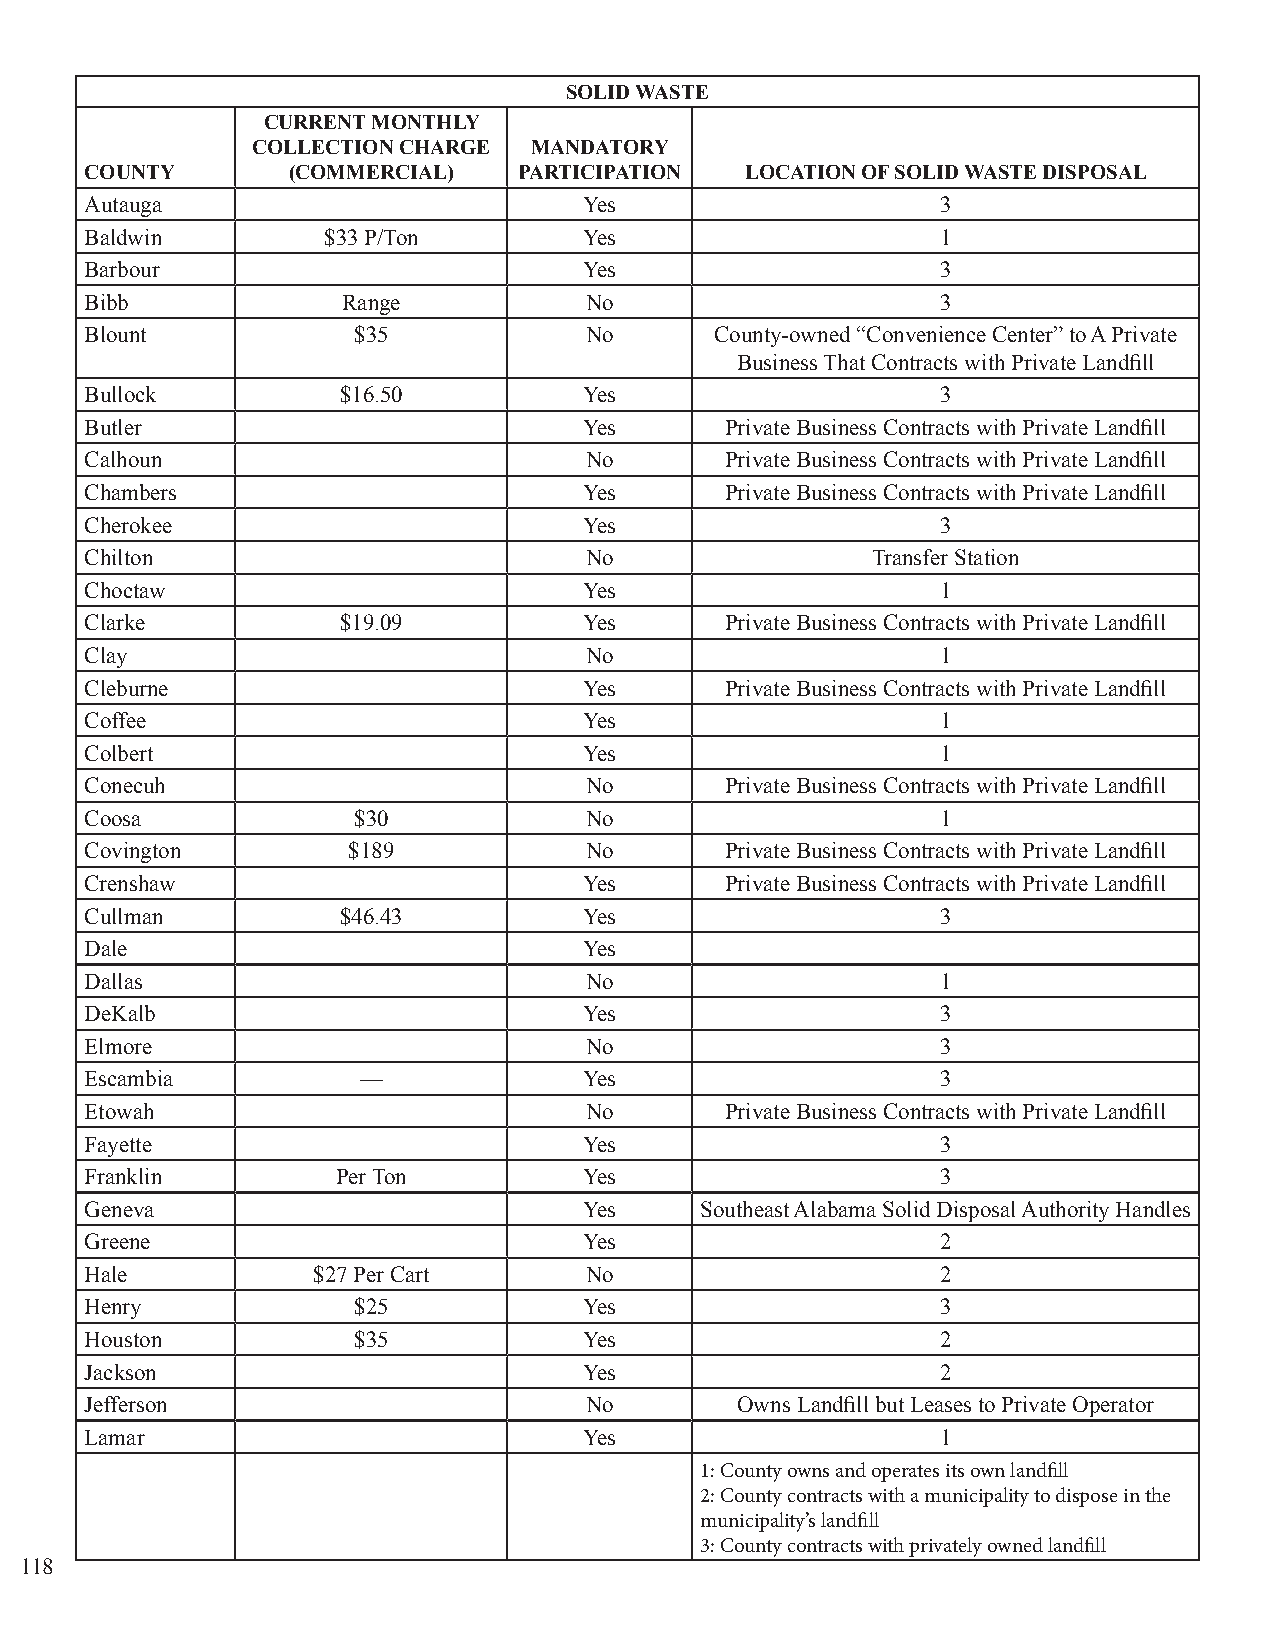
SOLID WASTE
 CURRENT MONTHLY
 COLLECTION CHARGE MANDATORY
 COUNTY       (COMMERCIAL)   PARTICIPATION  LOCATION OF SOLID WASTE DISPOSAL
 Autauga                          Yes                    3
 Baldwin        $33 P/Ton         Yes                    1
 Barbour                          Yes                    3
 Bibb             Range           No                     3
 Blount           $35             No      County-owned “Convenience Center” to A Private
 Business That Contracts with Private Landfill
 Bullock         $16.50           Yes                    3
 Butler                           Yes      Private Business Contracts with Private Landfill
 Calhoun                          No       Private Business Contracts with Private Landfill
 Chambers                         Yes      Private Business Contracts with Private Landfill
 Cherokee                         Yes                    3
 Chilton                          No                 Transfer Station
 Choctaw                          Yes                    1
 Clarke          $19.09           Yes      Private Business Contracts with Private Landfill
 Clay                             No                     1
 Cleburne                         Yes      Private Business Contracts with Private Landfill
 Coffee                           Yes                    1
 Colbert                          Yes                    1
 Conecuh                          No       Private Business Contracts with Private Landfill
 Coosa            $30             No                     1
 Covington        $189            No       Private Business Contracts with Private Landfill
 Crenshaw                         Yes      Private Business Contracts with Private Landfill
 Cullman         $46.43           Yes                    3
 Dale                             Yes
 Dallas                           No                     1
 DeKalb                           Yes                    3
 Elmore                           No                     3
 Escambia          —              Yes                    3
 Etowah                           No       Private Business Contracts with Private Landfill
 Fayette                          Yes                    3
 Franklin        Per Ton          Yes                    3
 Geneva                           Yes    Southeast Alabama Solid Disposal Authority Handles
 Greene                           Yes                    2
 Hale           $27 Per Cart      No                     2
 Henry            $25             Yes                    3
 Houston          $35             Yes                    2
 Jackson                          Yes                    2
 Jefferson                        No        Owns Landfill but Leases to Private Operator
 Lamar                            Yes                    1
 1: County owns and operates its own landfill
 2: County contracts with a municipality to dispose in the
 municipality’s landfill
 3: County contracts with privately owned landfill
 118